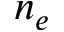
n _ { e }